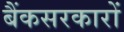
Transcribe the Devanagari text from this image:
बैंकसरकारों